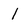
Character: 1